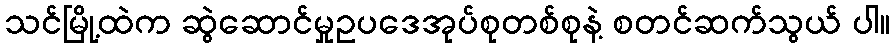
သင်မြို့ထဲက ဆွဲဆောင်မှုဥပဒေအုပ်စုတစ်စုနဲ့ စတင်ဆက်သွယ် ပါ။